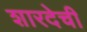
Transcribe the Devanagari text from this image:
शारदेची